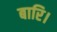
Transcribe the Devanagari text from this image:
बारि।